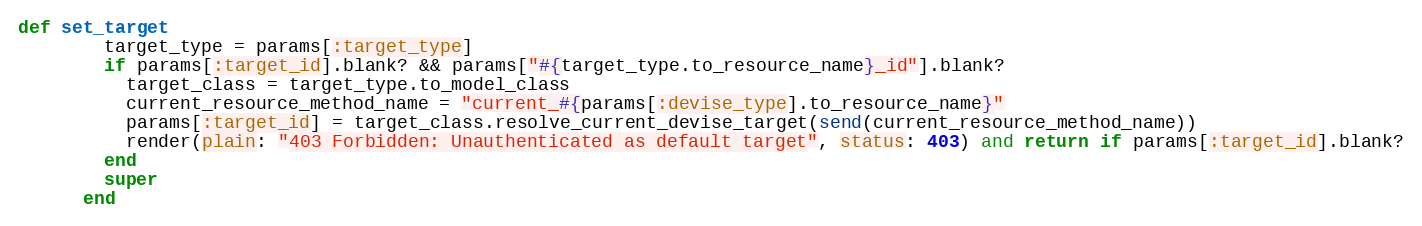
Language: Ruby
def set_target
        target_type = params[:target_type]
        if params[:target_id].blank? && params["#{target_type.to_resource_name}_id"].blank?
          target_class = target_type.to_model_class
          current_resource_method_name = "current_#{params[:devise_type].to_resource_name}"
          params[:target_id] = target_class.resolve_current_devise_target(send(current_resource_method_name))
          render(plain: "403 Forbidden: Unauthenticated as default target", status: 403) and return if params[:target_id].blank?
        end
        super
      end